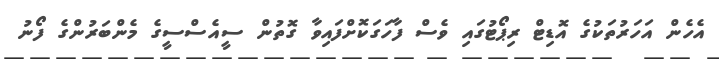
އެހެން އަހަރުތަކުގެ އޮޑިޓް ރިޕޯޓުގައި ވެސް ފާހަގަކޮށްފައިވާ ގޮތުން ސީއެސްސީގެ މެންބަރުންގެ ފޯނު